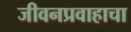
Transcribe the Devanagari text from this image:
जीवनप्रवाहाचा